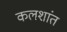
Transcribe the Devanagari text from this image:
कलशांत